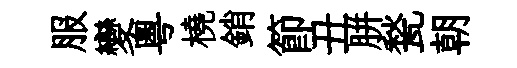
服變粤橈銷節丑胼甃朝